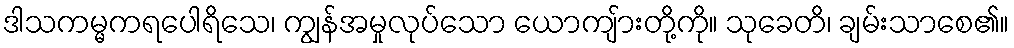
ဒါသကမ္မကရပေါရိသေ၊ ကျွန်အမှုလုပ်သော ယောကျ်ားတို့ကို။ သုခေတိ၊ ချမ်းသာစေ၏။